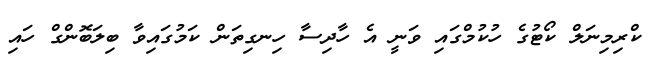
ކްރިމިނަލް ކޯޓުގެ ހުކުމްގައި ވަނީ އެ ހާދިސާ ހިނގިތަން ކަމުގައިވާ ބިލަބޮންގް ހައި